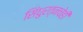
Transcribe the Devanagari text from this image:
सिंधुरत्नचेही